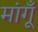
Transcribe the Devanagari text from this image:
मांगूँ